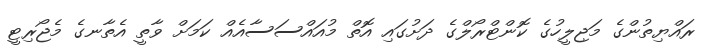
ރައްޔިތުންގެ މަޖިލީހުގެ ކޮންޓްރޯލްގެ ދަށުގައި އޮތް މުއައްސަސާއެއް ކަމަށް ވާތީ އެތާނގެ މެޖޯރިޓީ